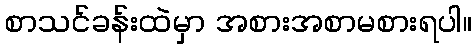
စာသင်ခန်းထဲမှာ အစားအစာမစားရပါ။